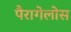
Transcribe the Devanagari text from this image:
पैरागेलोस